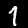
Label: 1